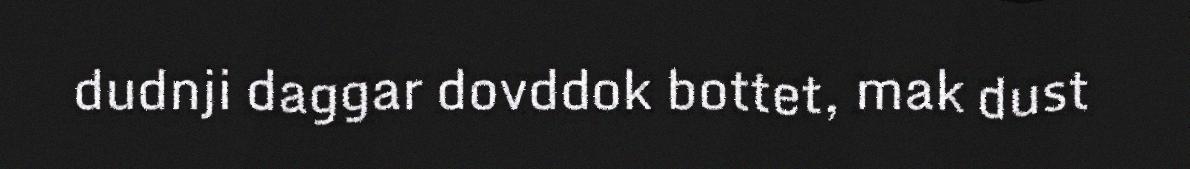
dudnji daggar dovddok bottet, mak dust